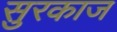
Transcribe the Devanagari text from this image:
सुरकाज